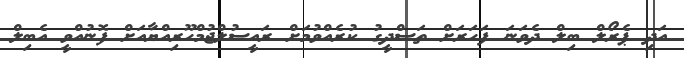
އަދި ޕެރޯލް ބިލް ދެވަނަ ފަހަރަށް ތަސްދީގު ކުރެއްވުމަށް ރައީސުލްޖުމްހޫރިއްޔާއަށް ފޮނުއްވީ އެބިލް